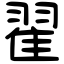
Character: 翟